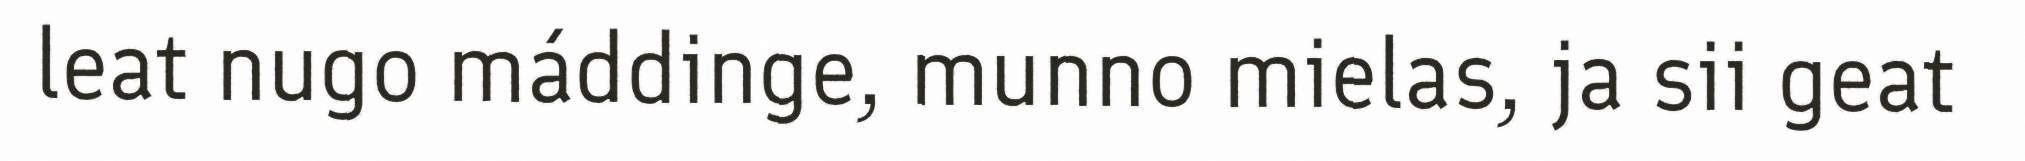
leat nugo máddinge, munno mielas, ja sii geat